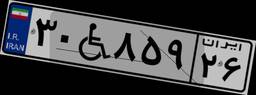
۳۰W۸۵۹۲۶